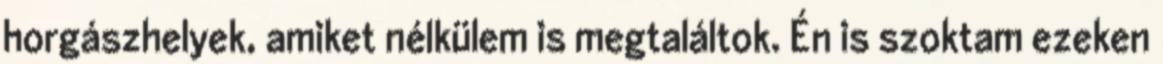
horgászhelyek, amiket nélkülem is megtaláltok. Én is szoktam ezeken